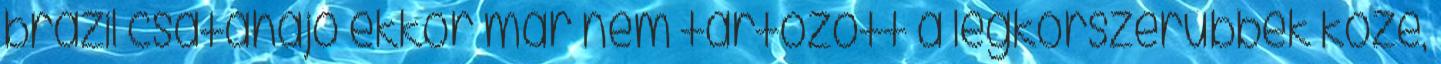
brazil csatahajó ekkor már nem tartozott a legkorszerűbbek közé,